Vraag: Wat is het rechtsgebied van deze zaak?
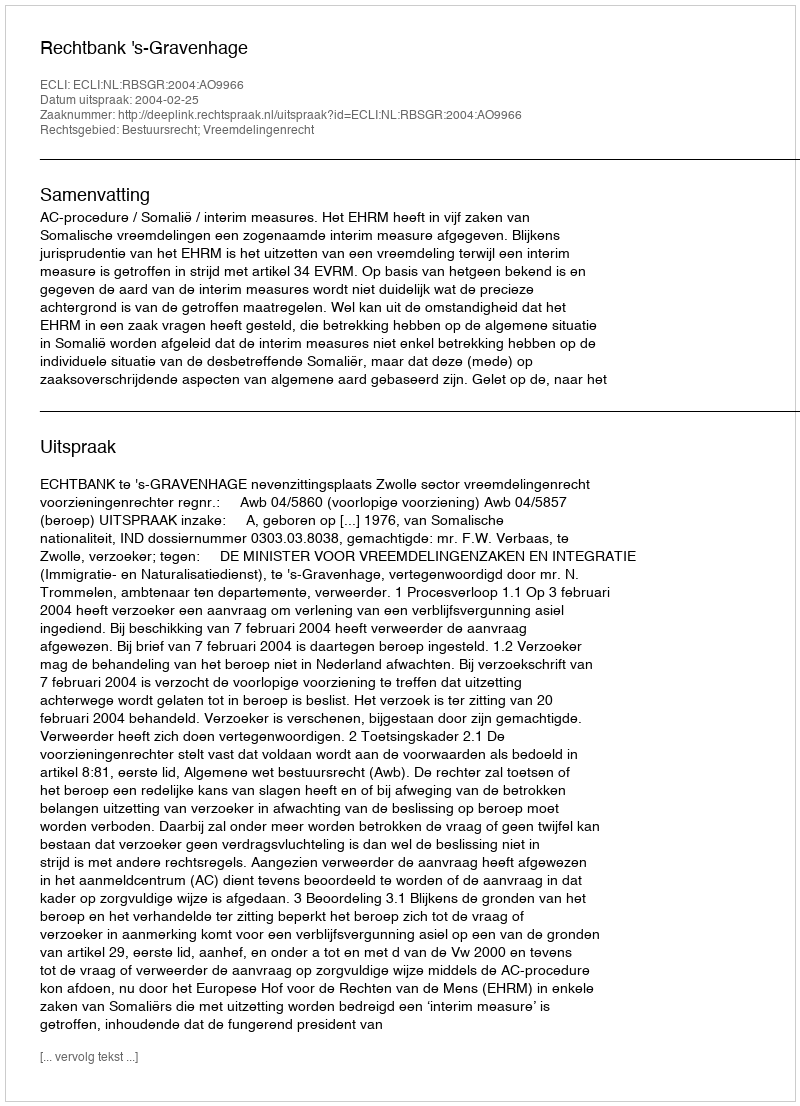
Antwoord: Bestuursrecht; Vreemdelingenrecht